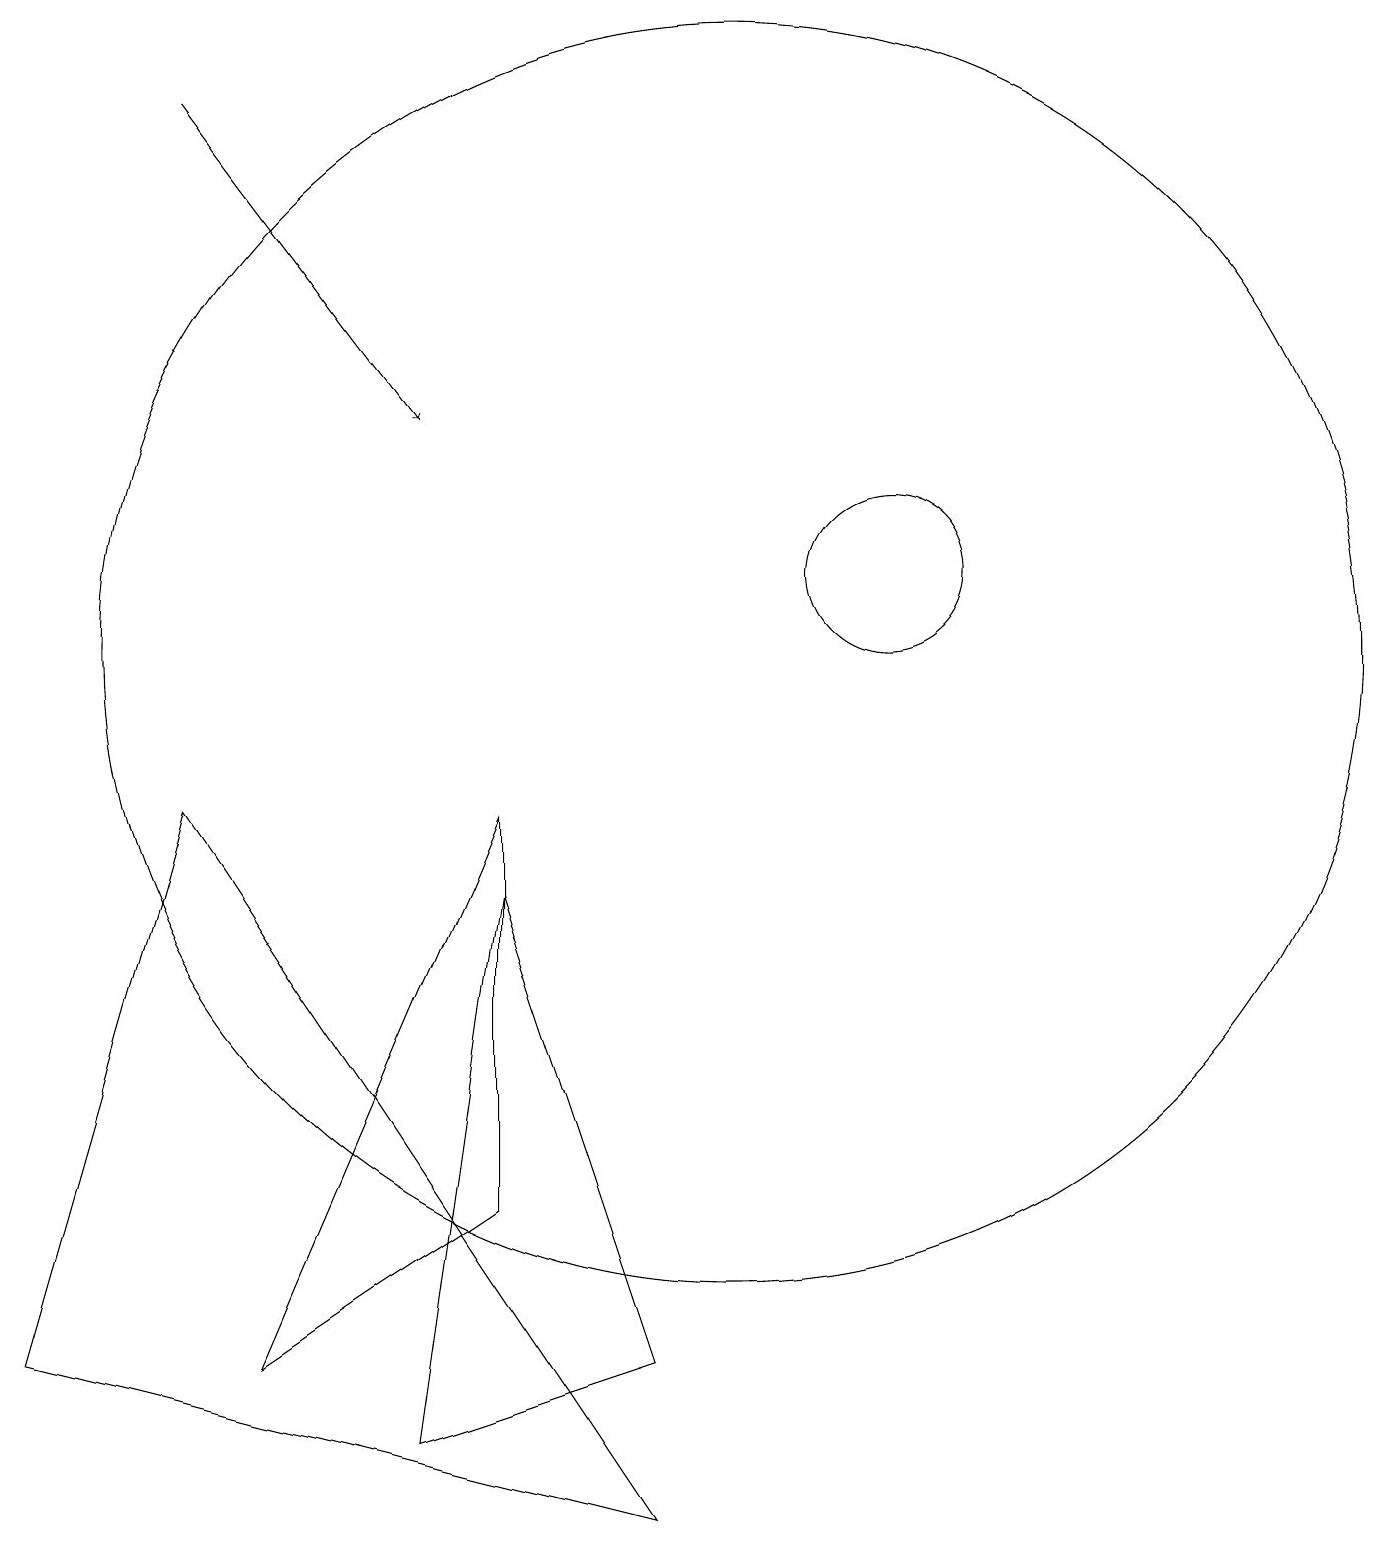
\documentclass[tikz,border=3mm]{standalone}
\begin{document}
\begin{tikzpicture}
\draw (10,11) circle (8);
\draw[->] (3,18) -- (6,14);
\draw (6,1) -- (7,8) -- (9,2) -- cycle;
\draw (9,0) -- (3,9) -- (1,2) -- cycle;
\draw (12,12) circle (1);
\draw (7,9) -- (4,2) -- (7,4) -- cycle;
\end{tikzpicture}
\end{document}